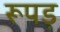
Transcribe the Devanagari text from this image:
रूपड़